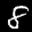
Label: 8